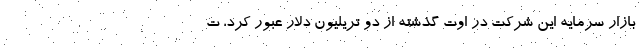
بازار سرمایه این شرکت در اوت گذشته از دو تریلیون دلار عبور کرد، ت